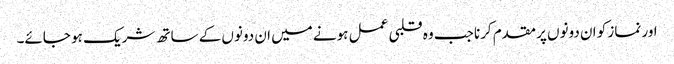
اور نماز کو ان دونوں پر مقدم کرنا جب وہ قلبی عمل ہونے میں ان دونوں کے ساتھ شریک ہو جائے۔